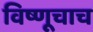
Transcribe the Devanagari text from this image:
विष्णूचाच